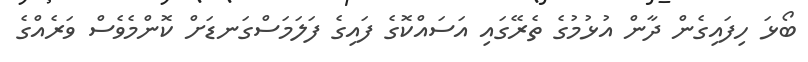
ބޯޅަ ހިފައިގެން ދާން އުޅުމުގެ ތެރޭގައި އަސައްކޮގެ ފައިގެ ފަލަމަސްގަނޑަށް ކޮންމެވެސް ވަރެއްގެ